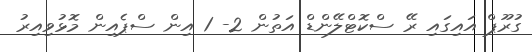
ގުރޫޕް އައިގައި ރޭ ސްކޮޓްލޭންޑް އަތުން 2- 1 އިން ސްޕެއިން މޮޅުވިއިރު